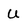
Character: U